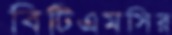
বিটিএমসির